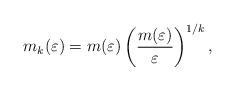
LaTeX: \begin{align*}m_k(\varepsilon)=m(\varepsilon)\left(\frac{m(\varepsilon)}{\varepsilon}\right)^{1/k},\end{align*}